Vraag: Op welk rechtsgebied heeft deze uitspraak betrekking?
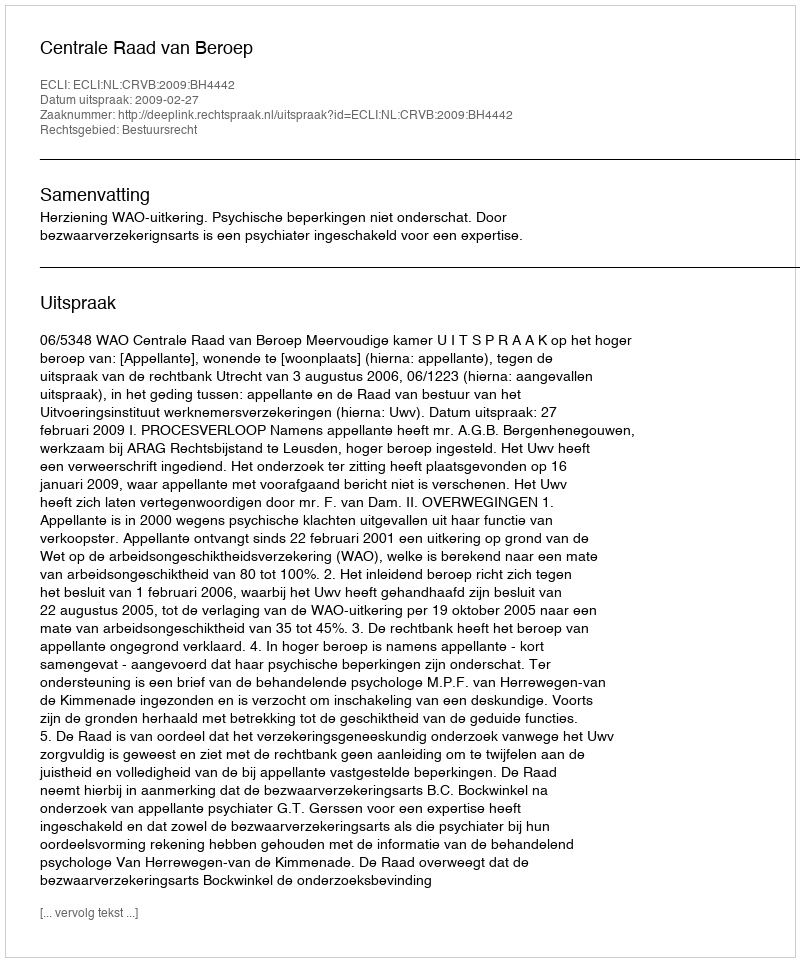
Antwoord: Bestuursrecht